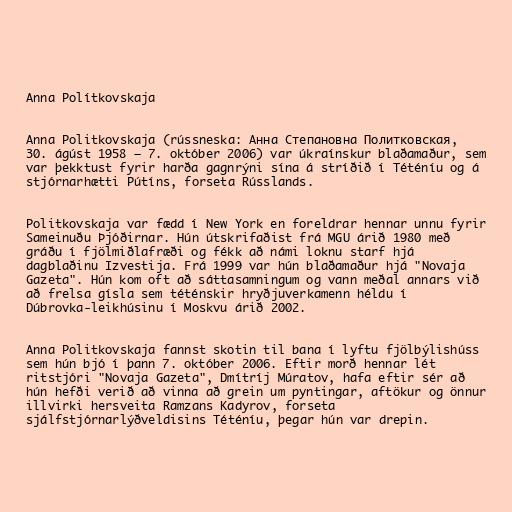
Anna Polítkovskaja

Anna Politkovskaja (rússneska: Анна Степановна Политковская,
30. ágúst 1958 — 7. október 2006) var úkraínskur blaðamaður, sem
var þekktust fyrir harða gagnrýni sína á stríðið í Téténíu og á
stjórnarhætti Pútíns, forseta Rússlands.

Politkovskaja var fædd í New York en foreldrar hennar unnu fyrir
Sameinuðu Þjóðirnar. Hún útskrifaðist frá MGU árið 1980 með
gráðu í fjölmiðlafræði og fékk að námi loknu starf hjá
dagblaðinu Izvestija. Frá 1999 var hún blaðamaður hjá "Novaja
Gazeta". Hún kom oft að sáttasamningum og vann meðal annars við
að frelsa gísla sem téténskir hryðjuverkamenn héldu í
Dúbrovka-leikhúsinu í Moskvu árið 2002.

Anna Politkovskaja fannst skotin til bana í lyftu fjölbýlishúss
sem hún bjó í þann 7. október 2006. Eftir morð hennar lét
ritstjóri "Novaja Gazeta", Dmítríj Múratov, hafa eftir sér að
hún hefði verið að vinna að grein um pyntingar, aftökur og önnur
illvirki hersveita Ramzans Kadyrov, forseta
sjálfstjórnarlýðveldisins Téténíu, þegar hún var drepin.